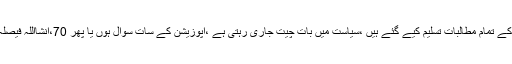
ان کا کہناتھا کہ اپوزیشن کے تمام مطالبات تسلیم کیے گئے ہیں ،سیاست میں بات چیت جاری رہتی ہے ،اپوزیشن کے سات سوال ہوں یا پھر 70،انشااللہ فیصلہ ہمارے حق میں آئے گا ۔